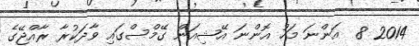
2014 8  އަންނަ މަހު އޮންނަ އޭޝިއަން ގޭމްސްގައި ވާދަކުރާ ރާއްޖޭގެ